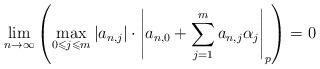
LaTeX: \begin{align*}\lim_{n \rightarrow \infty} \left( \max_{0\leqslant j \leqslant m} |a_{n,j}| \cdot \left|a_{n,0}+\sum_{j=1}^{m} a_{n,j}\alpha_j \right|_p \right) = 0 \end{align*}